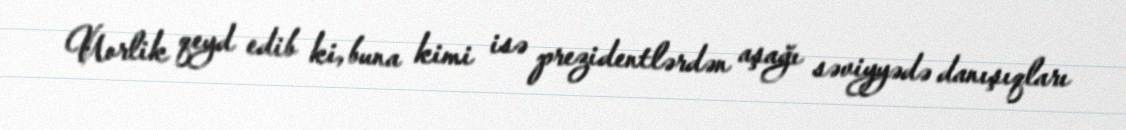
Uorlik qeyd edib ki, buna kimi isə prezidentlərdən aşağı səviyyədə danışıqları